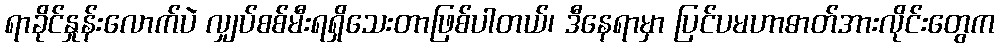
ရာခိုင်နှုန်းလောက်ပဲ လျှပ်စစ်မီးရရှိသေးတာဖြစ်ပါတယ်၊ ဒီနေရာမှာ ပြင်ပမဟာဓာတ်အားလိုင်းတွေက